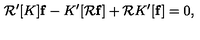
{ \cal R } ^ { \prime } [ K ] { \bf f } - K ^ { \prime } [ { \cal R } { \bf f } ] + { \cal R } K ^ { \prime } [ { \bf f } ] = 0 ,